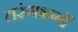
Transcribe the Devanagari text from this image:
तरंगभगों